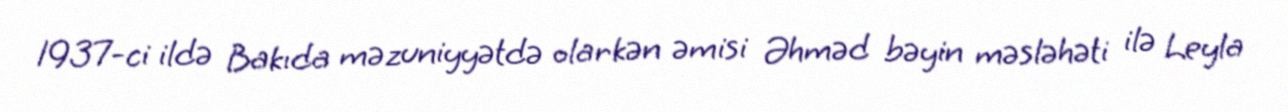
1937-ci ildə Bakıda məzuniyyətdə olarkən əmisi Əhməd bəyin məsləhəti ilə Leyla